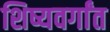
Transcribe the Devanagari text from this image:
शिष्यवर्गांत